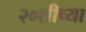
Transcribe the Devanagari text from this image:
२०शीच्या